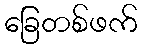
ခြေတစ်ဖက်